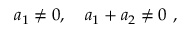
a _ { 1 } \neq 0 , \quad a _ { 1 } + a _ { 2 } \neq 0 \ ,